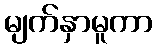
မျက်နှာမူကာ